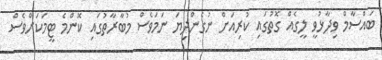
ބައްސާމް ވިދާޅުވީ ލީގެއް ގޮތުގައި ކުރިއަށް ނުގެންދިޔަ ނަމަވެސް މުބާރާތުގައި ކޮންމެ ޓީމަކަށްވެސް